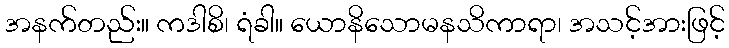
အနက်တည်း။ ကဒါစိ၊ ရံခါ။ ယောနိသောမနသိကာရာ၊ အသင့်အားဖြင့်